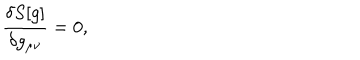
LaTeX: \frac { \delta S [ g ] } { \delta g _ { \mu \nu } } = 0 ,